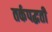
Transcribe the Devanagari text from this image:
तर्कपद्धती